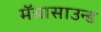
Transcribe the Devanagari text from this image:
मॅग्नासाउन्ड